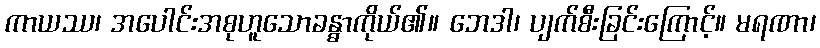
ကာယဿ၊ အပေါင်းအစုဟူသောခန္ဓာကိုယ်၏။ ဘေဒါ၊ ပျက်စီးခြင်းကြောင့်။ မရဏာ၊